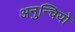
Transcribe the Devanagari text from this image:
अनुन्चियो